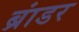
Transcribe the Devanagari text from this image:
ब्रांडर